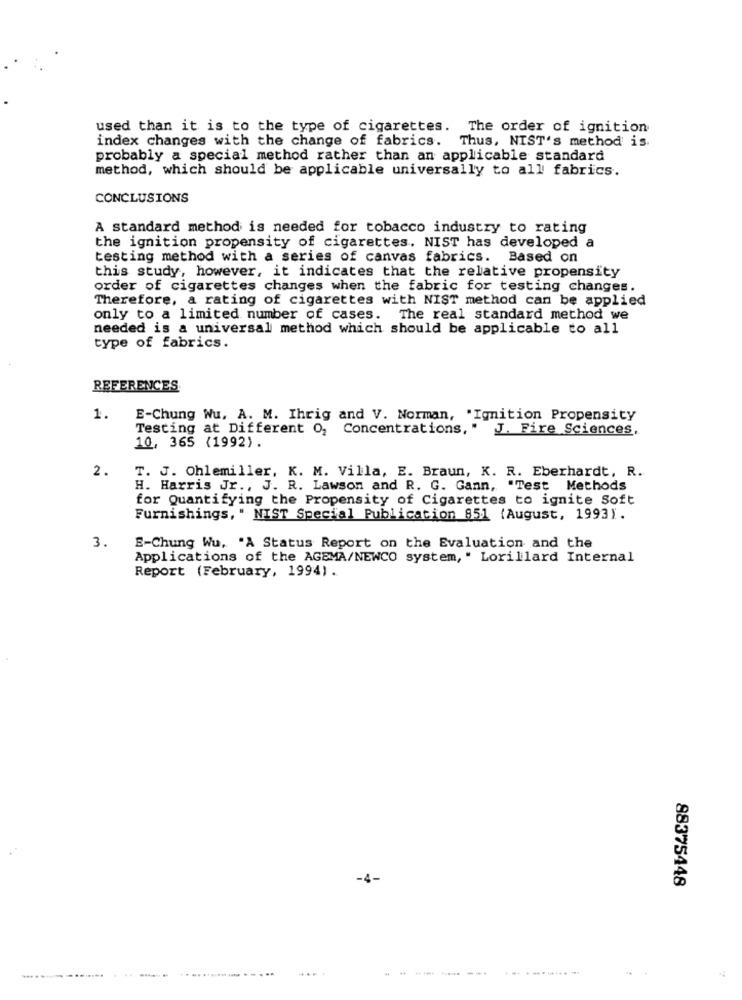
used than it is to the type of cigarettes. The order of ignition
index changes with the change of fabrics. Thus, NIST's method is.
probably a special method rather than an applicable standard
method, which should be applicable universally to all fabrics.
CONCLUSIONS
A standard method is needed for tobacco industry to rating
the ignition propensity of cigarettes. NIST has developed a
testing method with a series of canvas fabrics. Based on
this study, however, it indicates that the relative propensity
order of cigarettes changes when the fabric for testing changes.
Therefore, a rating of cigarettes with NIST method can be applied
only to a limited number of cases. The real standard method we
needed is a universal method which should be applicable to all
type of fabrics.
REFERENCES
1.
E-Chung Wu, A. M. Ihrig and V. Norman, "Ignition Propensity
Testing at Different O, Concentrations, " J. Fire Sciences,
10, 365 (1992).
2.
T. J. Ohlemiller, K. M. Villa, E. Braun, K. R. Eberhardt, R.
H. Harris Jr ., J. R. Lawson and R. G. Gann, "Test Methods
for Quantifying the Propensity of Cigarettes to ignite Soft
Furnishings, " NIST Special Publication 851 (August, 1993).
3.
E-Chung Wu, "A Status Report on the Evaluation and the
Applications of the AGEMA/NEWCO system, " Lorillard Internal
Report (February, 1994) .
-4-
88375448
... .. ..............